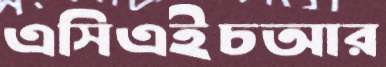
এসিএইচআর